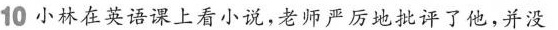
10小林在英语课上看小说，老师严厉地批评了他，并没